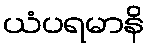
ယံပရမာနိ